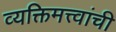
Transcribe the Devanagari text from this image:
व्यक्तिमत्त्वांची